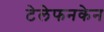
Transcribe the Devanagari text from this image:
टेलेफनकेन